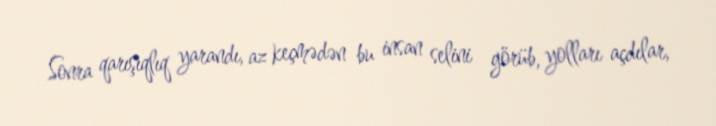
Sonra qarışıqlıq yarandı, az keçmədən bu insan selini görüb, yolları açdılar,